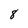
Character: 8